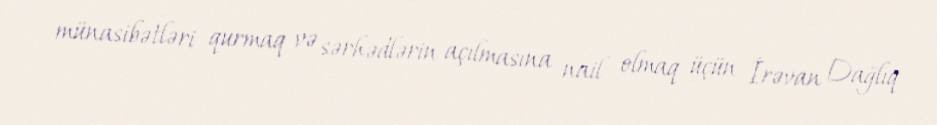
münasibətləri qurmaq və sərhədlərin açılmasına nail olmaq üçün İrəvan Dağlıq